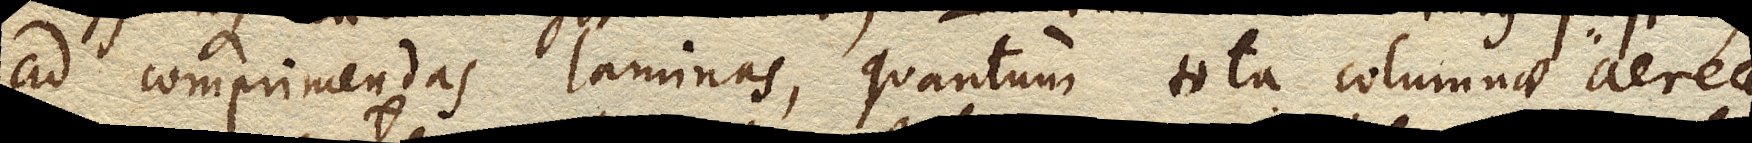
ad comprimendas laminas, quantum totae columnae aereae